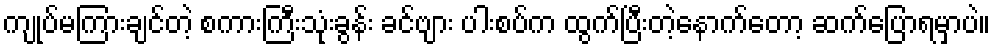
ကျုပ်မကြားချင်တဲ့ စကားကြီးသုံးခွန်း ခင်ဗျား ပါးစပ်က ထွက်ပြီးတဲ့နောက်တော့ ဆက်ပြောရမှာပဲ။